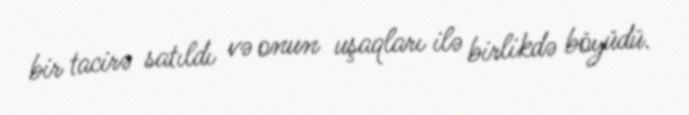
bir tacirə satıldı və onun uşaqları ilə birlikdə böyüdü.